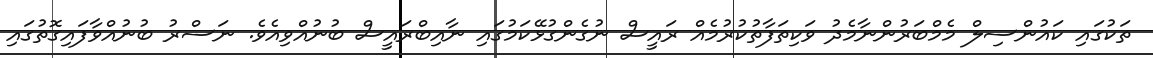
ތަކުގައި ކައުންސިލް މެމްބަރުންނާމެެދު ވަކިތަފާތުކުރުމެއް ރައީސް ނުގެންގުޅޭކަމުގައި ނާއިބްރައީސް ބުނުއްވިއެވެ. ނަސްރު ބުނުއްވާފައިގޮތުގައި